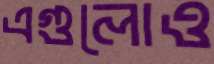
এগুলোও